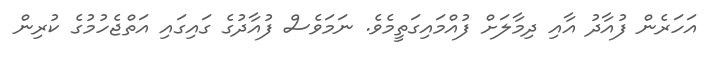
އަހަރެން ފުއާދު އާއި ދިމާލަށް ފުއްމައިގަތީމެވެ. ނަމަވެސް ފުއާދުގެ ގައިގައި އަތްޖެހުމުގެ ކުރިން